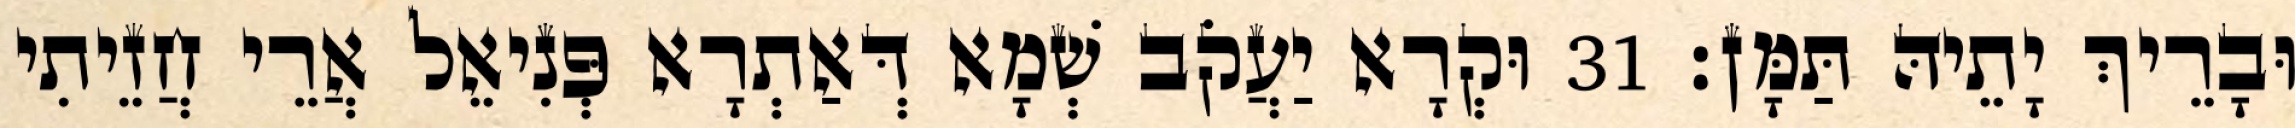
וּבָרֵיךְ יָתֵיהּ תַּמָּן׃ 31 וּקְרָא יַעֲקֹב שְׁמָא דְּאַתְרָא פְּנִיאֵל אֲרֵי חֲזֵיתִי